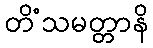
တိံသမတ္တာနိ